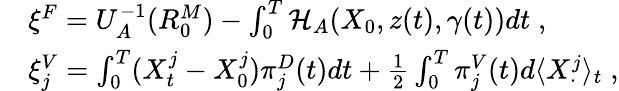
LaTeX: \begin{array}{rl}&{\xi^{F}=U_{A}^{-1}(R_{0}^{M})-\int_{0}^{T}\mathcal{H}_{A}(X_{0},z(t),\gamma(t))dt\; ,}\\ &{\xi_{j}^{V}=\int_{0}^{T}(X_{t}^{j}-X_{0}^{j})\pi_{j}^{D}(t)dt+\frac 12\int_{0}^{T}\pi_{j}^{V}(t)d\langle X_{\cdot}^{j}\rangle_{t}\; ,}\end{array}